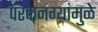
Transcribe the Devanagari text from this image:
परवानग्यांमुळे